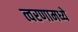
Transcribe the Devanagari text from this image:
त्वरणामध्ये